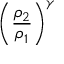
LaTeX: \left( { \frac { \rho _ { 2 } } { \rho _ { 1 } } } \right) ^ { \gamma }